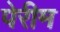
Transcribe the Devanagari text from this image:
पेरीम